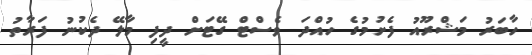
ހާބަރު މަޝްރޫއު ފެށުމުގެ ހުއްދަ ވެސްޓް ގޭޓަށް ދީފި މާލޭ ދެކުނު ފަރާތު